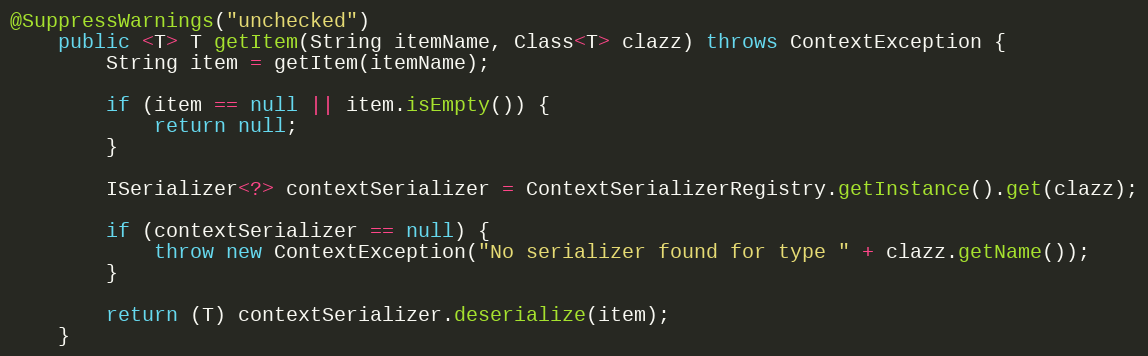
Language: Java
@SuppressWarnings("unchecked")
    public <T> T getItem(String itemName, Class<T> clazz) throws ContextException {
        String item = getItem(itemName);

        if (item == null || item.isEmpty()) {
            return null;
        }

        ISerializer<?> contextSerializer = ContextSerializerRegistry.getInstance().get(clazz);

        if (contextSerializer == null) {
            throw new ContextException("No serializer found for type " + clazz.getName());
        }

        return (T) contextSerializer.deserialize(item);
    }